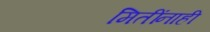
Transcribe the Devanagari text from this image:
मितींनाही